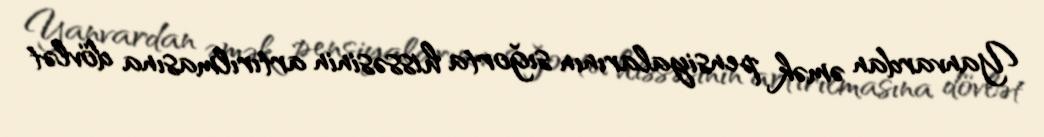
Yanvardan əmək pensiyalarının sığorta hissəsinin artırılmasına dövlət